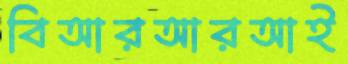
বিআরআরআই